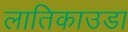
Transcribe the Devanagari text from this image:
लातिकाउडा